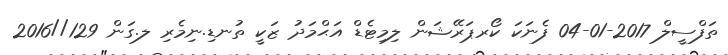
ތަފްސީލް 2017-01-04 ފެނަކަ ކޯރޕަރޭޝަން ލިމިޓެޑް އަޙްމަދު ޒަކީ ތުނޑި.ނިމެރި ލ.ގަން 129//2016